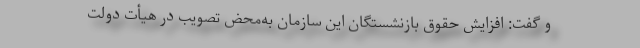
و گفت: افزایش حقوق بازنشستگان این سازمان به‌محض تصویب در هیأت‌ دولت